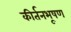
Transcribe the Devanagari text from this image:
कीर्तनभूषण